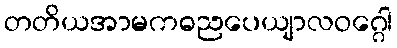
တတိယအာမကဓညပေယျာလဝဂ္ဂေါ